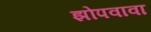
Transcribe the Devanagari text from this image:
झोपवावा